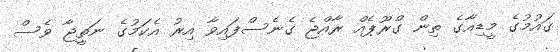
ގައުމުގެ މީޑިއާގެ ތިން ގްރޫޕެއް ރާއްޖެ ގެނެސްފައިވާ އިރު އެކަމުގެ ނަތީޖާ ވެސް